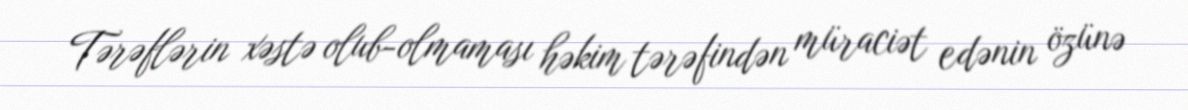
Tərəflərin xəstə olub-olmaması həkim tərəfindən müraciət edənin özünə